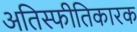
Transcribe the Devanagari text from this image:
अतिस्फीतिकारक